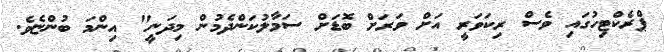
ޕްރެކްޓިހުގައި ވެސް ރިކަވަރީ އަށް ވަރަށް ބޮޑަށް ސަމާލުކަންދެމުން މިދަނީ" އިންމަ ބުންޏެވެ.